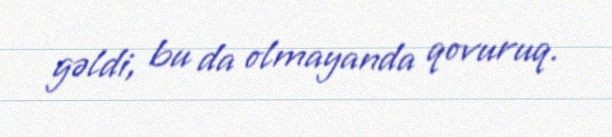
gəldi, bu da olmayanda qovuruq.